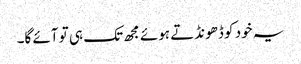
یہ خود کو ڈھونڈتے ہوئے مجھ تک ہی تو آئے گا۔